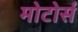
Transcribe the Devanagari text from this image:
मोटोर्स